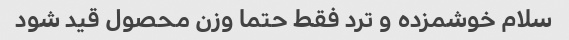
سلام خوشمزده و ترد فقط حتما وزن محصول قید شود